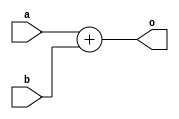
`timescale 1ns / 1ps
module adder(
	a,b,
	o
	);

	input [31:0] a;
	input [31:0] b;
	output [31:0] o;

	assign o=a+b;
endmodule